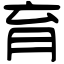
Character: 育